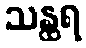
သန္ထရ